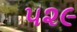
૫૨૯